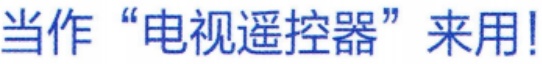
当作 “电视遥控器” 来用!